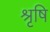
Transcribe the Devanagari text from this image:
श्रृषि